Sketch of the medical history of the native army of Bombay, for the year
Year: 1875
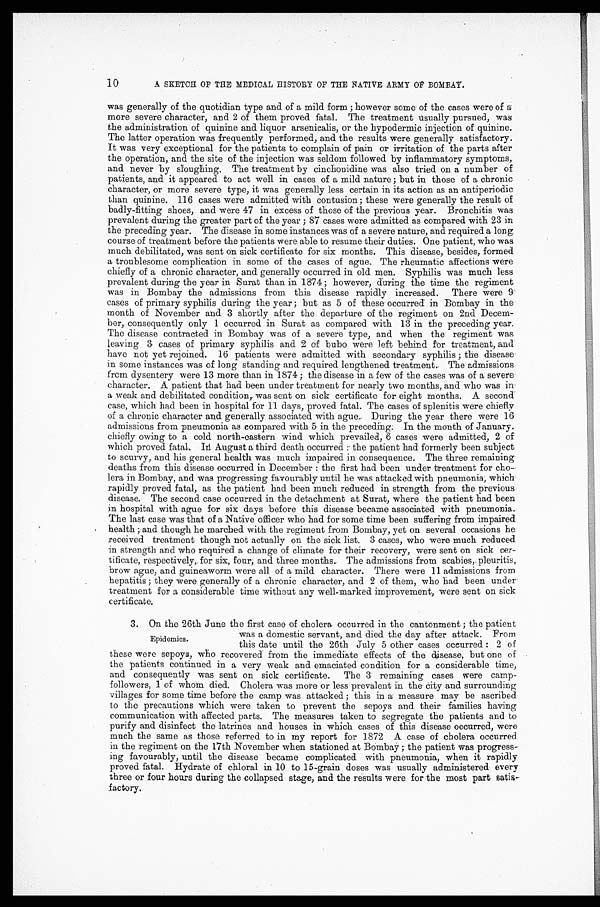
10
A SKETCH OF THE MEDICAL HISTORY OF THE NATIVE ARMY OF BOMBAY.
was generally of the quotidian type and of a mild form; however some of the cases were of a
more severe character, and 2 of them proved fatal. he treatment usually pursued, was
the administration of quinine and liquor arsenicalis, or the hypodermic injection of quinine.
The latter operation was frequently performed, and the results were generally satisfactory.
It was very exceptional for the patients to complain of pain or irritation of the parts after
the operation, and the site of the injection was seldom followed by inflammatory symptoms,
and never by sloughing. The treatment by cinchonidine was also tried on a number of
patients, and it appeared to act well in cases of a mild nature; but in those of a chronic
character, or more severe type, it was generally less certain in its action as an antiperiodic
than quinine. 116 cases were admitted with contusion; these were generally the result of
badly-fitting shoes, and were 47 in excess of those of the previous year. Bronchitis was
prevalent during the greater part of the year; 87 cases were admitted as compared with 23 in
the preceding year. The disease in some instances was of a severe nature, and required a long
course of treatment before the patients were able to resume their duties. One patient, who was
much debilitated, was sent on sick certificate for six months. This disease, besides, formed
a troublesome complication in some of the cases of ague. The rheumatic affections were
chiefly of a chronic character, and generally occurred in old men. Syphilis was much less
prevalent during the year in Surat than in 1874; however, during the time the regiment
was in Bombay the admissions from this disease rapidly increased. There were 9
cases of primary syphilis during the year; but as 5 of these occurred in Bombay in the
month of November and 3 shortly after the departure of the regiment on 2nd Decem
- b e r , c o n s e q u e n t l y o n l y 1 o c c u r r e d i n S u r a t a s c o m p a r e d w i t h 1 3 i n t h e p r e c e d i n g y e a r .
The disease contracted in Bombay was of a severe type, and when the regiment was
leaving 3 cases of primary syphilis and 2 of bubo were left, behind for treatment, and
have not yet rejoined. 16 patients were admitted with secondary syphilis; the disease
in some instances was of long standing and required lengthened treatment. The admissions
from dysentery were 13 more than in 1874; the disease in a few of the cases was of a severe
character. A patient that had been under treatment for nearly two months, and who was in
a weak and debilitated condition, was sent on sick certificate for eight months. A second
case, which had been in hospital for 11 days, proved fatal. The cases of splenitis were chiefly
of a chronic character and generally associated with ague. During the year there were 16
admissions from pneumonia as compared with 5 in the preceding: In the month of January
chiefly owing to a cold north-eastern wind which prevailed, 6 cases were admitted, 2 of
which proved fatal. In August a third death occurred the patient had formerly been subject
to scurvy, and his general health was much impaired in consequence. The three remaining
deaths from this disease occurred in December: the first had been under treatment for cho
- l e r a i n B o m b a y , a n d w a s p r o g r e s s i n g f a v o u r a b l y u n t i l h e w a s a t t a c k e d w i t h p n e u m o n i a , w h i c h
rapidly proved fatal, as the patient had been much reduced in strength from the previous
disease. The second case occurred in the detachment at Surat, where the patient had been
in hospital with ague for six days before this disease became associated with pneumonia.
The last case was that of a Native officer who had for some time been suffering from impaired
health; and though he marched with the regiment from Bombay, yet on several occasions he
received treatment though not actually on the sick list. 3 cases, who were much reduced
in strength and who required a change of climate for their recovery, were sent on sick cer
-tificate, respectively, for six, four; and three months. The admissions from scabies, pleuritis,
brow ague, and guineaworm were all of a mild character. There were 11 admissions from
hepatitis; they were generally of a chronic character, and 2 of them, who had been under
treatment for a considerable time without any well-marked improvement, were sent on sick
certificate.
3. On the 26th June the first case of cholera occurred in the cantonment; the patient
was a domestic servant, and died the day after attack. From
this date until the 26th July 5 other cases occurred: 2 of
these were sepoys, who recovered from the immediate effects of the disease, but one of
the patients continued in a very weak and emaciated condition for a considerable time,
and consequently was sent on sick certificate. The 3 remaining cases were camp
- f o l l o w e r s , 1 o f w h o m d i e d . C h o l e r a w a s m o r e o r l e s s p r e v a l e n t i n t h e c i t y a n d s u r r o u n d i n g
villages for some time before the camp was attacked; this in a measure may be ascribed
to the precautions which were taken to prevent the sepoys and their families having
communication with affected parts. The measures taken to segregate the patients and to
purify and disinfect the latrines and houses in which cases of this disease occurred, were
much the same as those referred to in my report for 1872 A case of cholera occurred
in the regiment on the 17th November when stationed at Bombay; the patient was progress
- i n g f a v o u r a b l y , u n t i l t h e d i s e a s e b e c a m e c o m p l i c a t e d w i t h p n e u m o n i a , w h e n i t r a p i d l y
proved fatal. Hydrate of chloral in 10 to 15-grain doses was usually administered every
three or four hours during the collapsed stage, and the results were for the most part satis
- f a c t o r y .
Epidemics.